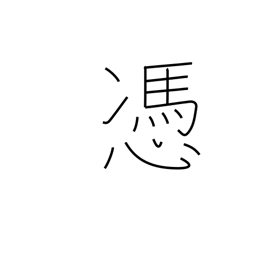
Meaning: haunt